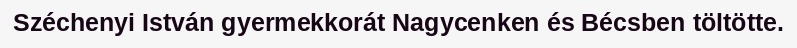
Széchenyi István gyermekkorát Nagycenken és Bécsben töltötte.